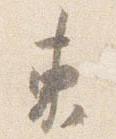
東